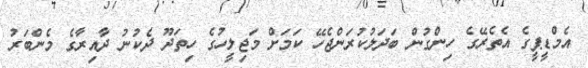
އެމްޑީޕީގެ އެތެރޭގެ ހިންގުން ބަދަލުކުރަންޖެހޭ ކަމަށް މަޖިލީހުގެ ހިތަދޫ ދެކުނު ދާއިރާގެ މެންބަރު